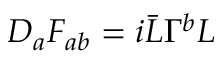
D _ { a } F _ { a b } = i \bar { L } \Gamma ^ { b } L